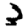
Digit: 3